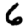
Digit: 6